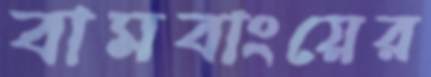
বামবাংয়ের